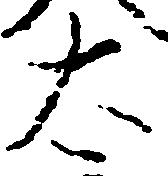
太